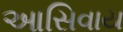
આસિવાય